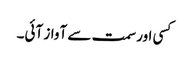
کسی اور سمت سے آواز آئی۔